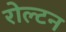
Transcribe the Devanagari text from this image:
रोल्टन